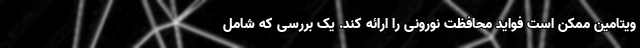
ویتامین ممکن است فواید محافظت نورونی را ارائه کند. یک بررسی که شامل